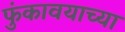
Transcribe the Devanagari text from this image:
फुंकावयाच्या